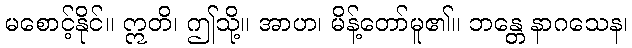
မစောင့်နိုင်။ ဣတိ၊ ဤသို့။ အာဟ၊ မိန့်တော်မူ၏။ ဘန္တေ နာဂသေန၊